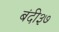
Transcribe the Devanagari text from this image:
बंदी३७